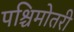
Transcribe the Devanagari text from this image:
पश्चिमोतरी